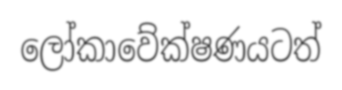
ලෝකාවේක්ෂණයටත්